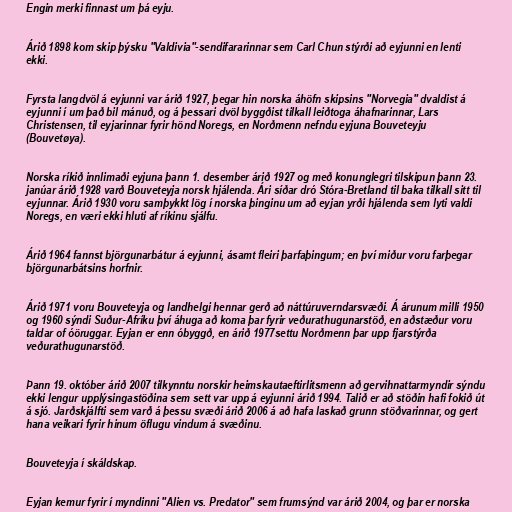
Engin merki finnast um þá eyju.

Árið 1898 kom skip þýsku "Valdivia"-sendifararinnar sem Carl Chun stýrði að eyjunni en lenti
ekki.

Fyrsta langdvöl á eyjunni var árið 1927, þegar hin norska áhöfn skipsins "Norvegia" dvaldist á
eyjunni í um það bil mánuð, og á þessari dvöl byggðist tilkall leiðtoga áhafnarinnar, Lars
Christensen, til eyjarinnar fyrir hönd Noregs, en Norðmenn nefndu eyjuna Bouveteyju
(Bouvetøya).

Norska ríkið innlimaði eyjuna þann 1. desember árið 1927 og með konunglegri tilskipun þann 23.
janúar árið 1928 varð Bouveteyja norsk hjálenda. Ári síðar dró Stóra-Bretland til baka tilkall sitt til
eyjunnar. Árið 1930 voru samþykkt lög í norska þinginu um að eyjan yrði hjálenda sem lyti valdi
Noregs, en væri ekki hluti af ríkinu sjálfu.

Árið 1964 fannst björgunarbátur á eyjunni, ásamt fleiri þarfaþingum; en því miður voru farþegar
björgunarbátsins horfnir.

Árið 1971 voru Bouveteyja og landhelgi hennar gerð að náttúruverndarsvæði. Á árunum milli 1950
og 1960 sýndi Suður-Afríku því áhuga að koma þar fyrir veðurathugunarstöð, en aðstæður voru
taldar of óöruggar. Eyjan er enn óbyggð, en árið 1977settu Norðmenn þar upp fjarstýrða
veðurathugunarstöð.

Þann 19. október árið 2007 tilkynntu norskir heimskautaeftirlitsmenn að gervihnattarmyndir sýndu
ekki lengur upplýsingastöðina sem sett var upp á eyjunni árið 1994. Talið er að stöðin hafi fokið út
á sjó. Jarðskjálfti sem varð á þessu svæði árið 2006 á að hafa laskað grunn stöðvarinnar, og gert
hana veikari fyrir hinum öflugu vindum á svæðinu.

Bouveteyja í skáldskap.

Eyjan kemur fyrir í myndinni "Alien vs. Predator" sem frumsýnd var árið 2004, og þar er norska